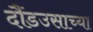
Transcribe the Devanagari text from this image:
दौंडउसाच्या